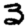
Digit: 3